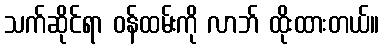
သက်ဆိုင်ရာ ဝန်ထမ်းကို လာဘ် ထိုးထားတယ်။